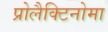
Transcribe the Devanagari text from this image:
प्रोलैक्टिनोमा